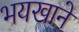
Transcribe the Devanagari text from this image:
भयखाने